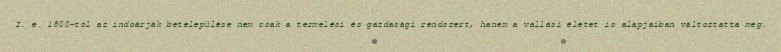
I. e. 1800-tól az indoárják betelepülése nem csak a termelési és gazdasági rendszert, hanem a vallási életet is alapjaiban változtatta meg.